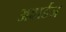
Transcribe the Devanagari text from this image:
अवार्डज